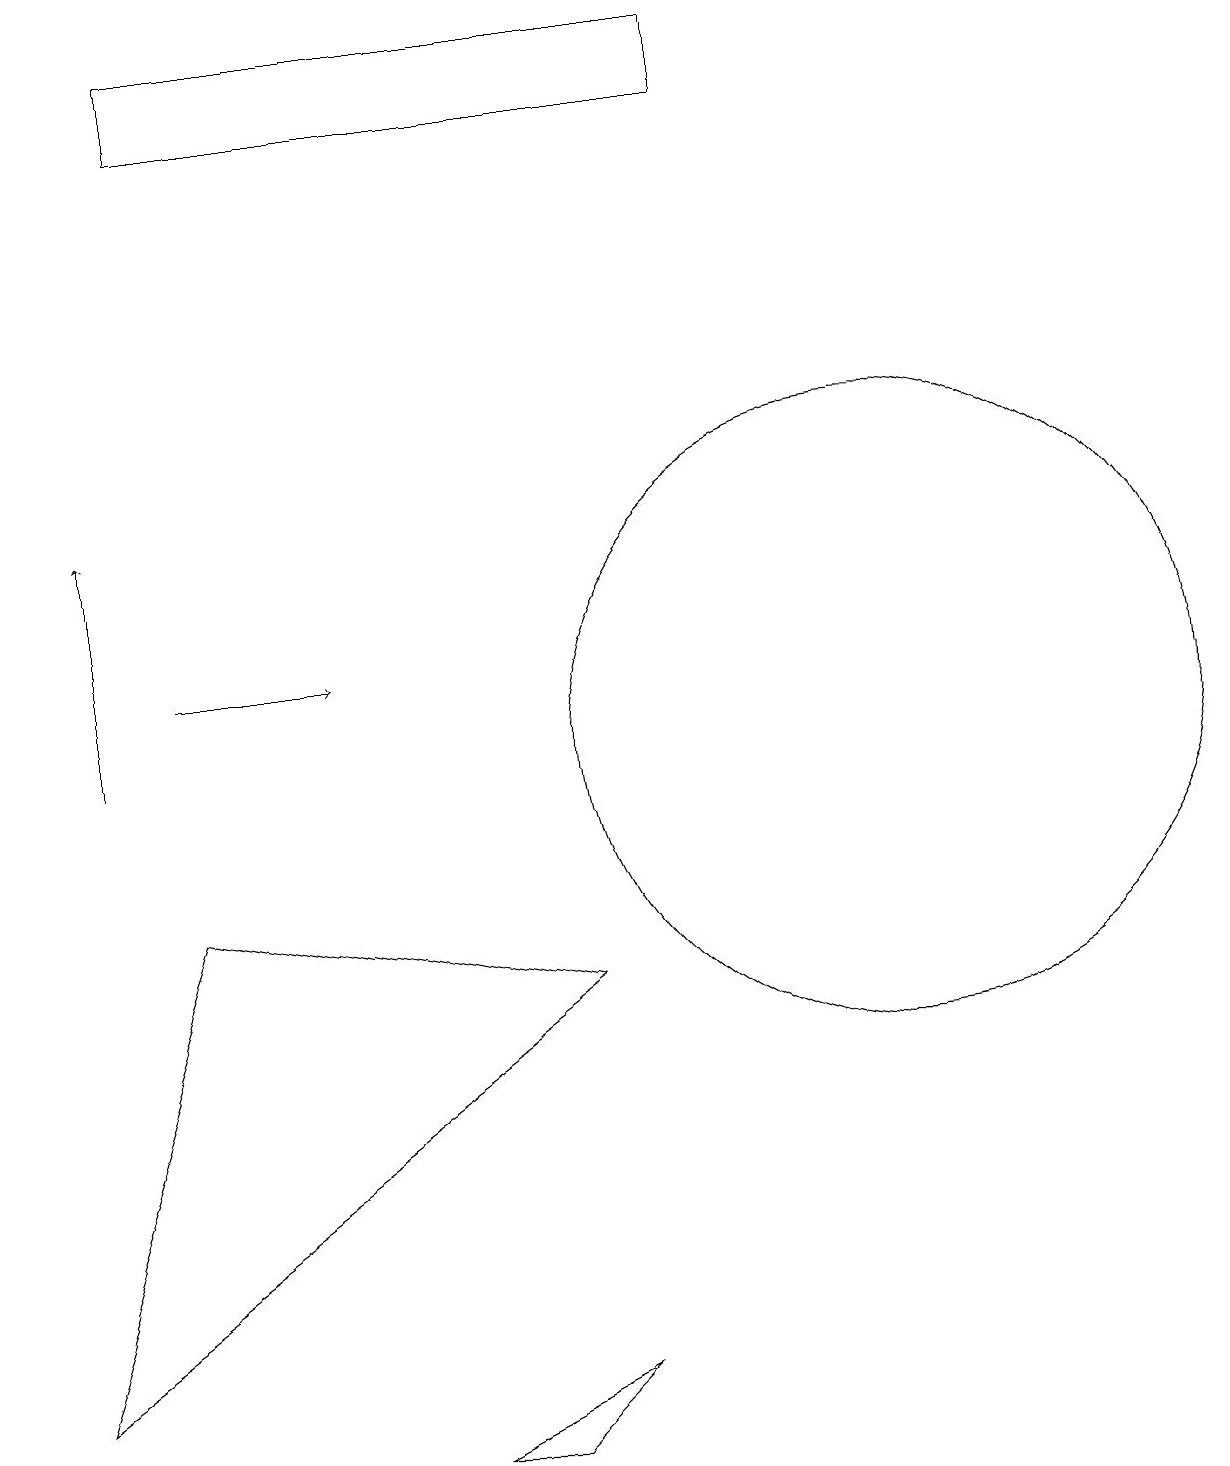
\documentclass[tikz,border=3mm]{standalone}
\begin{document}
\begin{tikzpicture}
\draw (9,18) rectangle (2,19);
\draw (2,8) -- (7,7) -- (0,2) -- cycle;
\draw[->] (2,11) -- (4,11);
\draw (11,10) circle (4);
\draw[->] (1,10) -- (1,13);
\draw (7,2) -- (6,1) -- (5,1) -- cycle;
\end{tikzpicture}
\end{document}